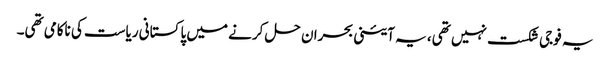
یہ فوجی شکست نہیں تھی، یہ آئینی بحران حل کرنے میں پاکستانی ریاست کی ناکامی تھی۔